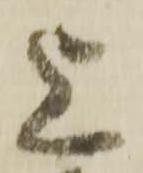
上